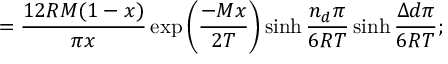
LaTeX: = \frac { 1 2 R M ( 1 - x ) } { \pi x } \exp { \left( \frac { - M x } { 2 T } \right) } \sinh { \frac { n _ { d } \pi } { 6 R T } } \sinh { \frac { \Delta d \pi } { 6 R T } } ;